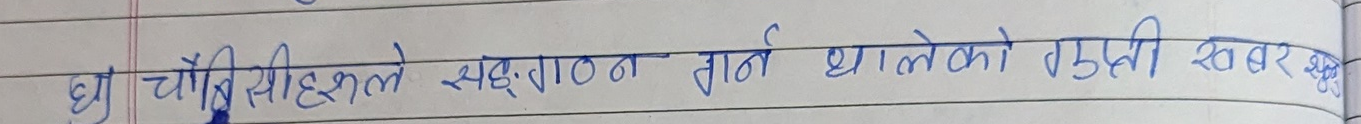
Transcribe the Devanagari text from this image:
घी चाैधिसिंहले सङ्गठन तान्न थालेको उजुरी खबर